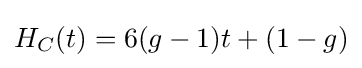
H_{C}(t)=6(g-1)t+(1-g)